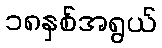
၁၈နှစ်အရွယ်